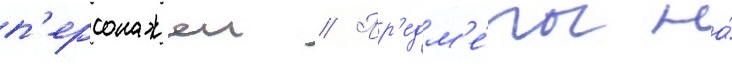
п'ерсонажеи // Пр'едм'е́ты на́